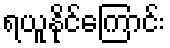
ရယူနိုင်ကြောင်း